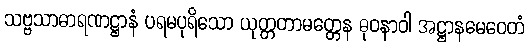
သဗ္ဗသာဓာရဏဋ္ဌာနံ ပရမပုရိသော ယုတ္တတာမတ္တေန ဓုဝနာဝါ အဋ္ဌာနမေဝေတံ